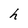
Character: h